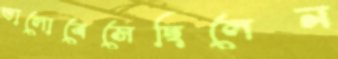
ভালোবেসেছিলেন